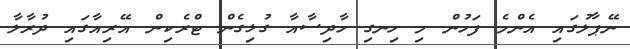
ނޭޕާލުގައި އެންމެ ފަހުން މި ހިނގި ހާދިސާއާ ގުޅިގެން ޓްރެކިން އޭރިއާގައި ދުރާލާ